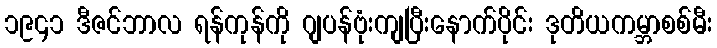
၁၉၄၁ ဒီဇင်ဘာလ ရန်ကုန်ကို ဂျပန်ဗုံးကျပြီးနောက်ပိုင်း ဒုတိယကမ္ဘာစစ်မီး